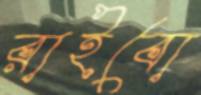
রাইবো